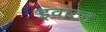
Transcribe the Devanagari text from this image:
इवाटन